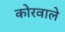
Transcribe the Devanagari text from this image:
कोरवाले